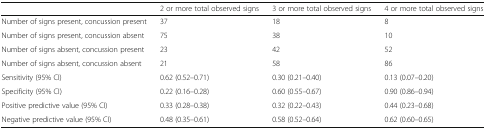
|  | 2 or more total observed signs | 3 or more total observed signs | 4 or more total observed signs |
 | --- | --- | --- | --- |
 | Number of signs present, concussion present | 37 | 18 | 8 |
 | Number of signs present, concussion absent | 75 | 38 | 10 |
 | Number of signs absent, concussion present | 23 | 42 | 52 |
 | Number of signs absent, concussion absent | 21 | 58 | 86 |
 | Sensitivity (95% CI) | 0.62 (0.52–0.71) | 0.30 (0.21–0.40) | 0.13 (0.07–0.20) |
 | Specificity (95% CI) | 0.22 (0.16–0.28) | 0.60 (0.55–0.67) | 0.90 (0.86–0.94) |
 | Positive predictive value (95% CI) | 0.33 (0.28–0.38) | 0.32 (0.22–0.43) | 0.44 (0.23–0.68) |
 | Negative predictive value (95% CI) | 0.48 (0.35–0.61) | 0.58 (0.52–0.64) | 0.62 (0.60–0.65) |